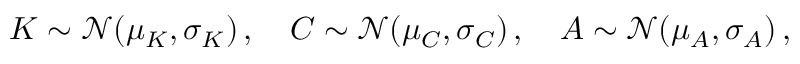
\begin{array} { r } { K \sim \mathcal { N } ( \mu _ { K } , \sigma _ { K } ) \, , \quad C \sim \mathcal { N } ( \mu _ { C } , \sigma _ { C } ) \, , \quad A \sim \mathcal { N } ( \mu _ { A } , \sigma _ { A } ) \, , } \end{array}